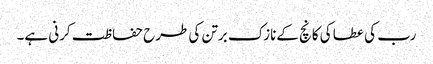
رب کی عطا کی کانچ کےنازک برتن کی طرح حفاظت کرنی ہے۔